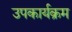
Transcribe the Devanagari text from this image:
उपकार्यक्रम